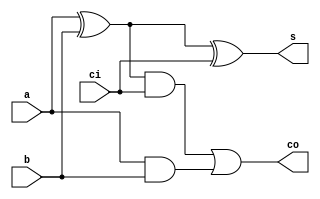
module fulladder (a, b, ci, s, co);
    input a, b, ci;
    output s, co;
    wire ab,xab,xabci;

    assign xab = a ^ b;
    assign s = xab ^ ci;
    assign xabci = xab & ci;
    assign ab = a & b;
    assign co = xabci | ab;
endmodule

module adder_4bit_assign_gate(a, b, ci, s, co);
    input [3:0] a,b;
    input ci;
    output [3:0] s;
    output co;
    wire [3:0] c;

    fulladder fa1(a[0],b[0], ci, s[0], c[1]) ;
    fulladder fa2(a[1],b[1], c[1], s[1], c[2]) ;
    fulladder fa3(a[2],b[2], c[2], s[2], c[3]) ;
    fulladder fa4(a[3],b[3], c[3], s[3], co) ;

endmodule